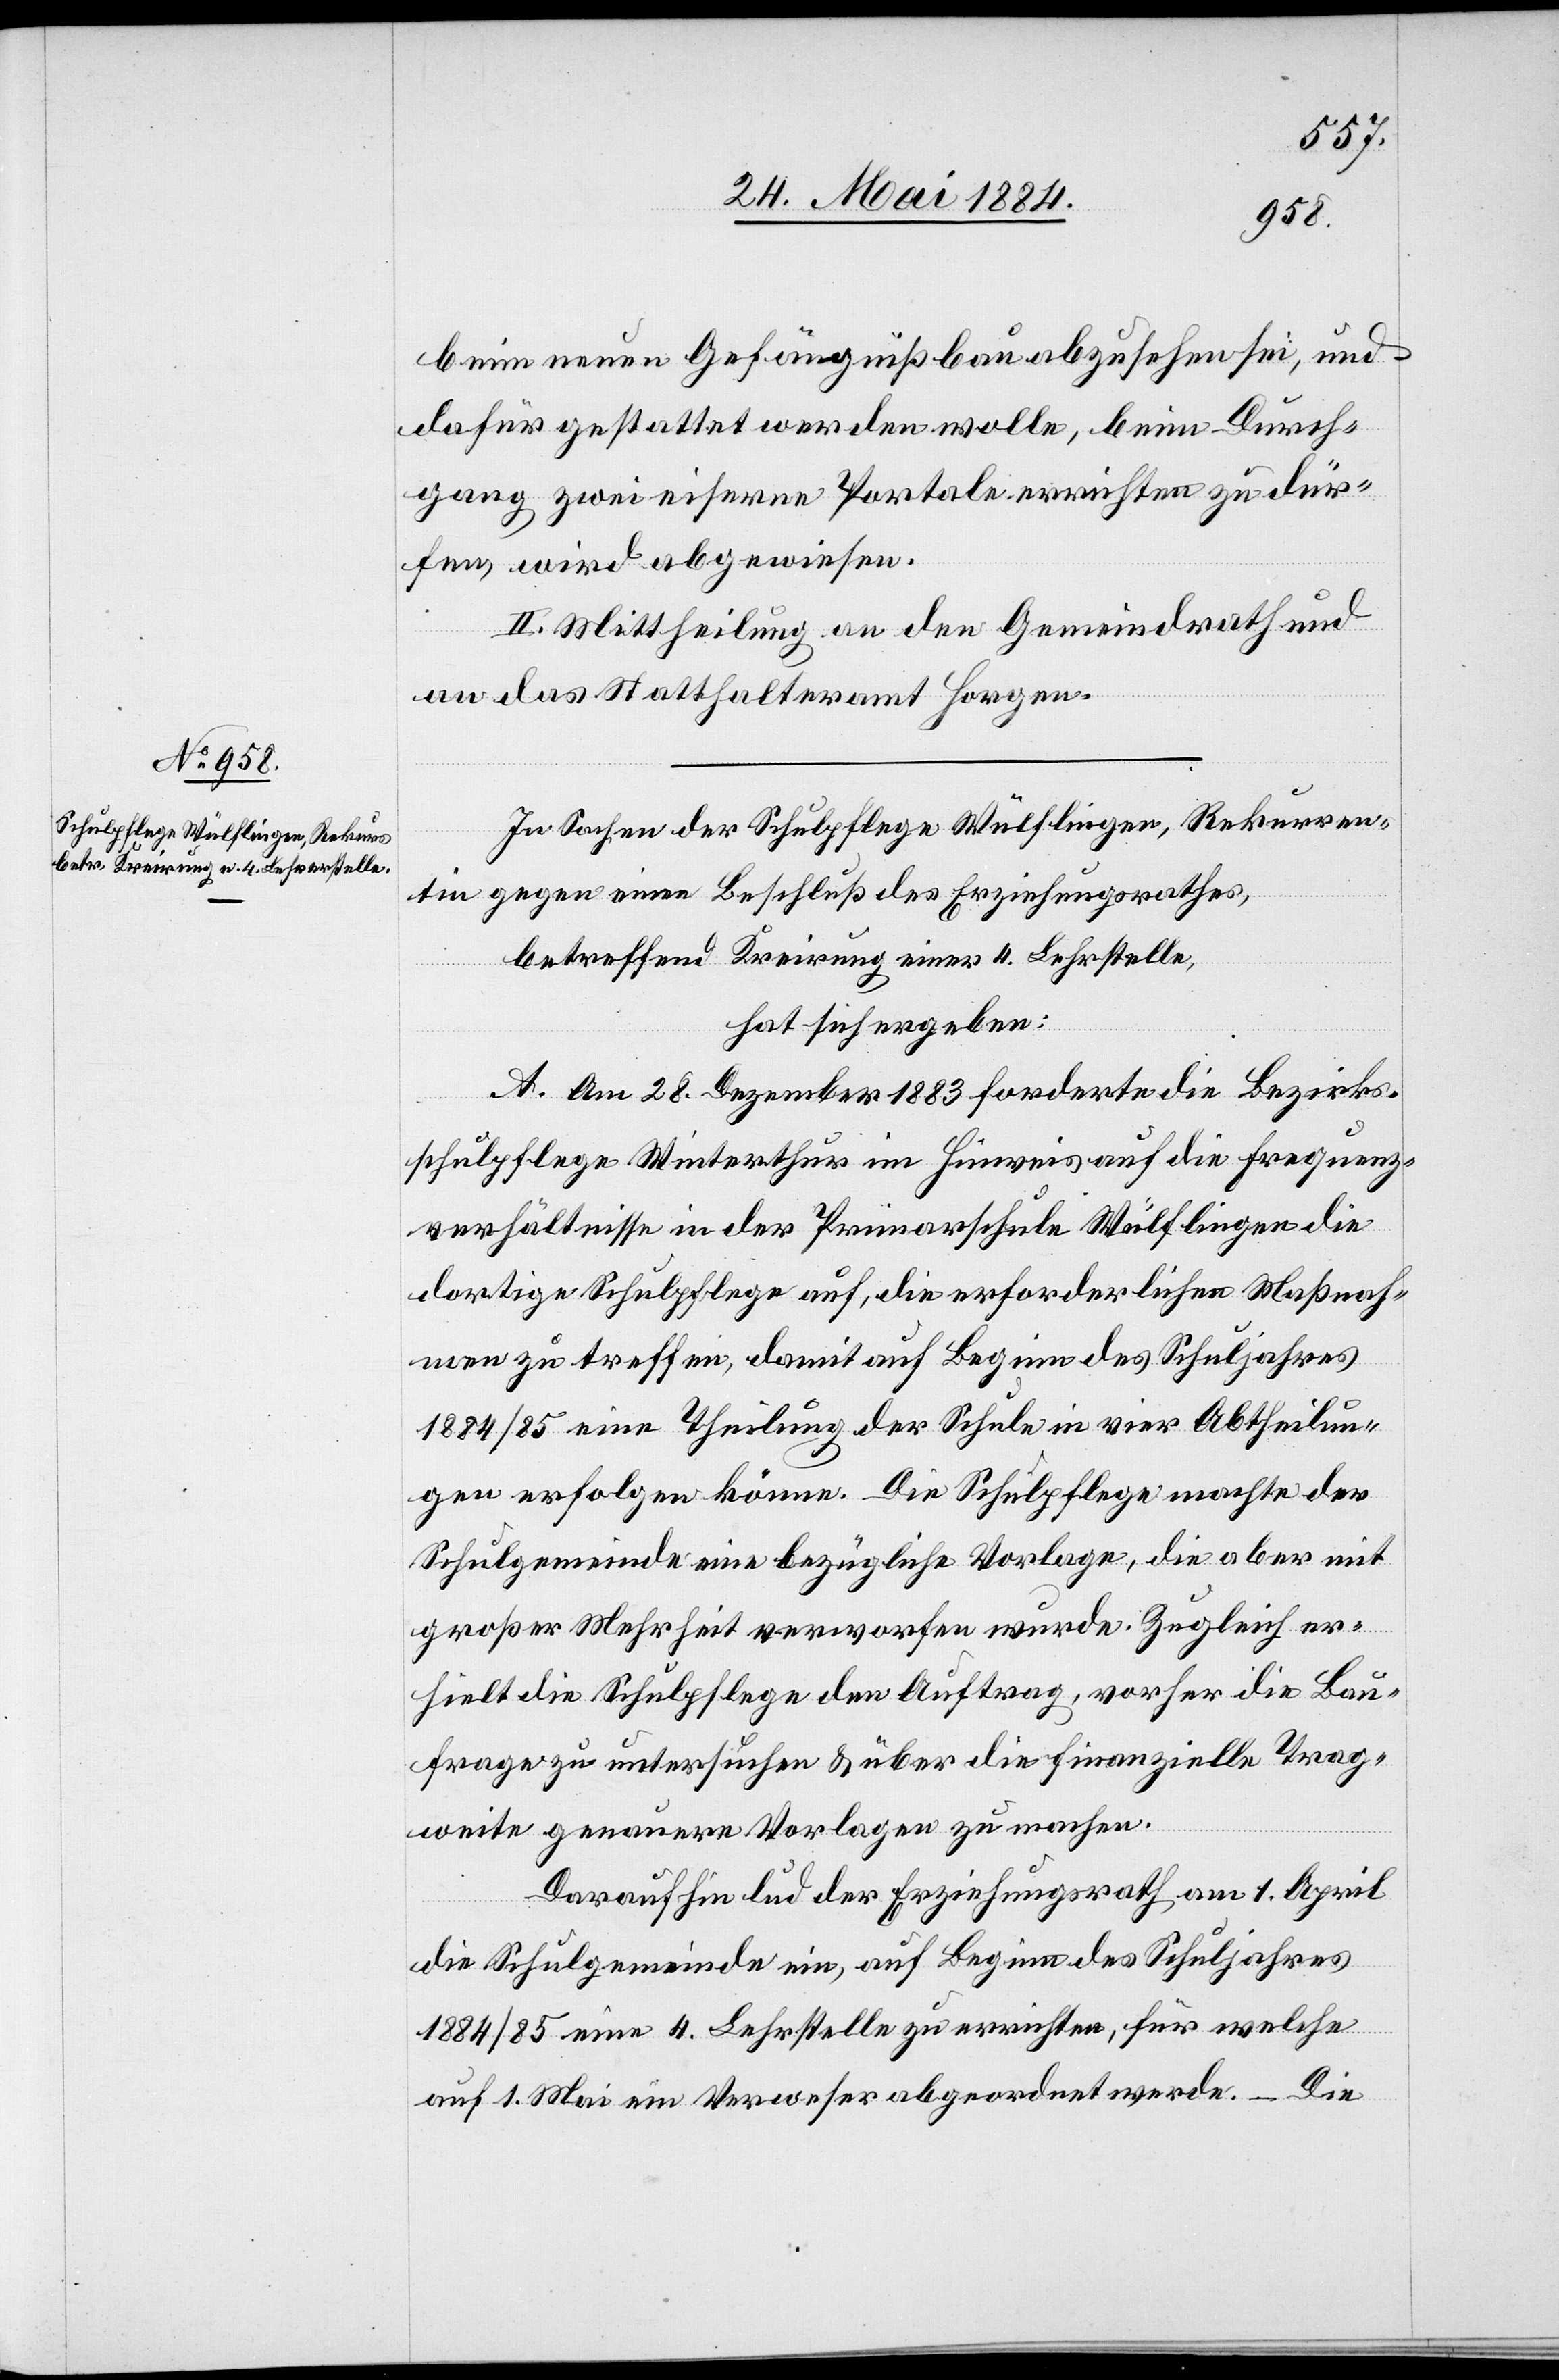
beim neuen Gefängnißbau abzusehen sei, und
dafür gestattet werden wolle, beim Durch¬
gang zwei eiserne Portale errichten zu dür¬
fen wird abgewiesen.
II. Mittheilung an den Gemeindrath und
das Statthalteramt Horgen.
In Sachen der Schulpflege Wülflingen, Rekurren¬
tin gegen einen Beschluß des Erziehungsrathes,
betreffend Kreirung einer 4. Lehrerstelle,
hat sich ergeben:
A. Am 28. Dezember 1883 forderte die Bezirks¬
schulpflege Winterthur im Hinweis auf die Frequenz¬
verhältnisse in der Primarschule Wülflingen die
dortige Schulpflege auf, die erforderlichen Maßnah¬
men zu treffen, damit auf Beginn des Schuljahres
1884/85 eine Theilung der Schule in vier Abtheilun¬
gen erfolgen könne. Die Schulpflege machte der
Schulgemeinde eine bezügliche Vorlage, die aber mit
großer Mehrheit verworfen wurde. Zugleich er¬
hielt die Schulpflege den Auftrag, vorher die Bau¬
frage zu untersuchen & über die finanzielle Trag¬
weite genauere Vorlagen zu machen.
Daraufhin lud der Erziehungsrath am 1. April
die Schulgemeinde ein, auf Beginn des Schuljahres
1884/85 eine 4. Lehrstelle zu errichten, für welche
auf 1. Mai ein Verweser abgeordnet werde. Die